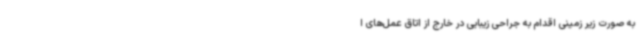
به صورت زیر زمینی اقدام به جراحی زیبایی در خارج از اتاق عمل‌های ا